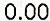
0.00